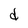
Character: d